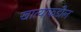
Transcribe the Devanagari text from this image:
खात्याकडील